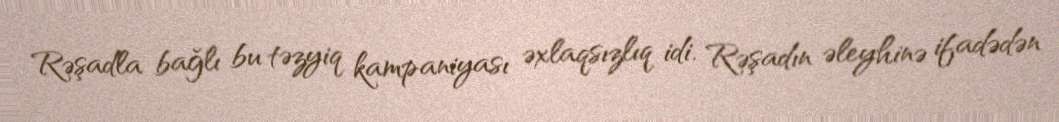
Rəşadla bağlı bu təzyiq kampaniyası əxlaqsızlıq idi. Rəşadın əleyhinə ifadədən